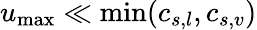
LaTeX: u_{\mathrm{max}}\ll\operatorname*{min}(c_{s,l},c_{s,v})